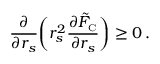
\frac { \partial } { \partial r _ { s } } \bigg ( r _ { s } ^ { 2 } \frac { \partial \tilde { F } _ { \scriptscriptstyle \mathrm { C } } } { \partial r _ { s } } \bigg ) \geq 0 \, .